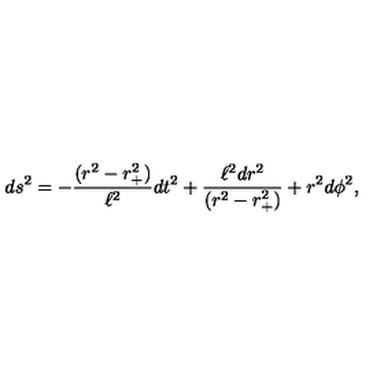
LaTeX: d s ^ { 2 } = - { \frac { ( r ^ { 2 } - r _ { + } ^ { 2 } ) } { \ell ^ { 2 } } } d t ^ { 2 } + { \frac { \ell ^ { 2 } d r ^ { 2 } } { ( r ^ { 2 } - r _ { + } ^ { 2 } ) } } + r ^ { 2 } d \phi ^ { 2 } ,